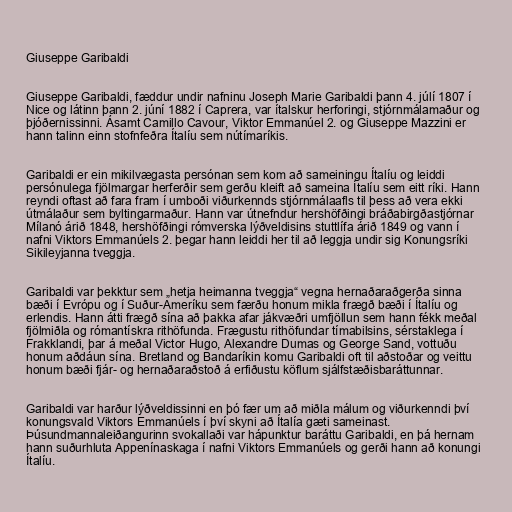
Giuseppe Garibaldi

Giuseppe Garibaldi, fæddur undir nafninu Joseph Marie Garibaldi þann 4. júlí 1807 í
Nice og látinn þann 2. júní 1882 í Caprera, var ítalskur herforingi, stjórnmálamaður og
þjóðernissinni. Ásamt Camillo Cavour, Viktor Emmanúel 2. og Giuseppe Mazzini er
hann talinn einn stofnfeðra Ítalíu sem nútímaríkis.

Garibaldi er ein mikilvægasta persónan sem kom að sameiningu Ítalíu og leiddi
persónulega fjölmargar herferðir sem gerðu kleift að sameina Ítalíu sem eitt ríki. Hann
reyndi oftast að fara fram í umboði viðurkennds stjórnmálaafls til þess að vera ekki
útmálaður sem byltingarmaður. Hann var útnefndur hershöfðingi bráðabirgðastjórnar
Mílanó árið 1848, hershöfðingi rómverska lýðveldisins stuttlífa árið 1849 og vann í
nafni Viktors Emmanúels 2. þegar hann leiddi her til að leggja undir sig Konungsríki
Sikileyjanna tveggja.

Garibaldi var þekktur sem „hetja heimanna tveggja“ vegna hernaðaraðgerða sinna
bæði í Evrópu og í Suður-Ameríku sem færðu honum mikla frægð bæði í Ítalíu og
erlendis. Hann átti frægð sína að þakka afar jákvæðri umfjöllun sem hann fékk meðal
fjölmiðla og rómantískra rithöfunda. Frægustu rithöfundar tímabilsins, sérstaklega í
Frakklandi, þar á meðal Victor Hugo, Alexandre Dumas og George Sand, vottuðu
honum aðdáun sína. Bretland og Bandaríkin komu Garibaldi oft til aðstoðar og veittu
honum bæði fjár- og hernaðaraðstoð á erfiðustu köflum sjálfstæðisbaráttunnar.

Garibaldi var harður lýðveldissinni en þó fær um að miðla málum og viðurkenndi því
konungsvald Viktors Emmanúels í því skyni að Ítalía gæti sameinast.
Þúsundmannaleiðangurinn svokallaði var hápunktur baráttu Garibaldi, en þá hernam
hann suðurhluta Appenínaskaga í nafni Viktors Emmanúels og gerði hann að konungi
Ítalíu.